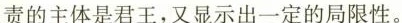
责的主体是君王，又显示出一定的局限性。